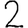
Digit: 2